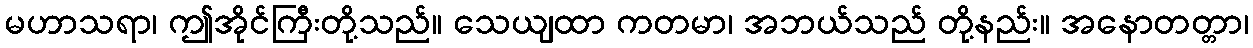
မဟာသရာ၊ ဤအိုင်ကြီးတို့သည်။ သေယျထာ ကတမာ၊ အဘယ်သည် တို့နည်း။ အနောတတ္တာ၊